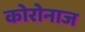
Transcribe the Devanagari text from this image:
कोरोनाज